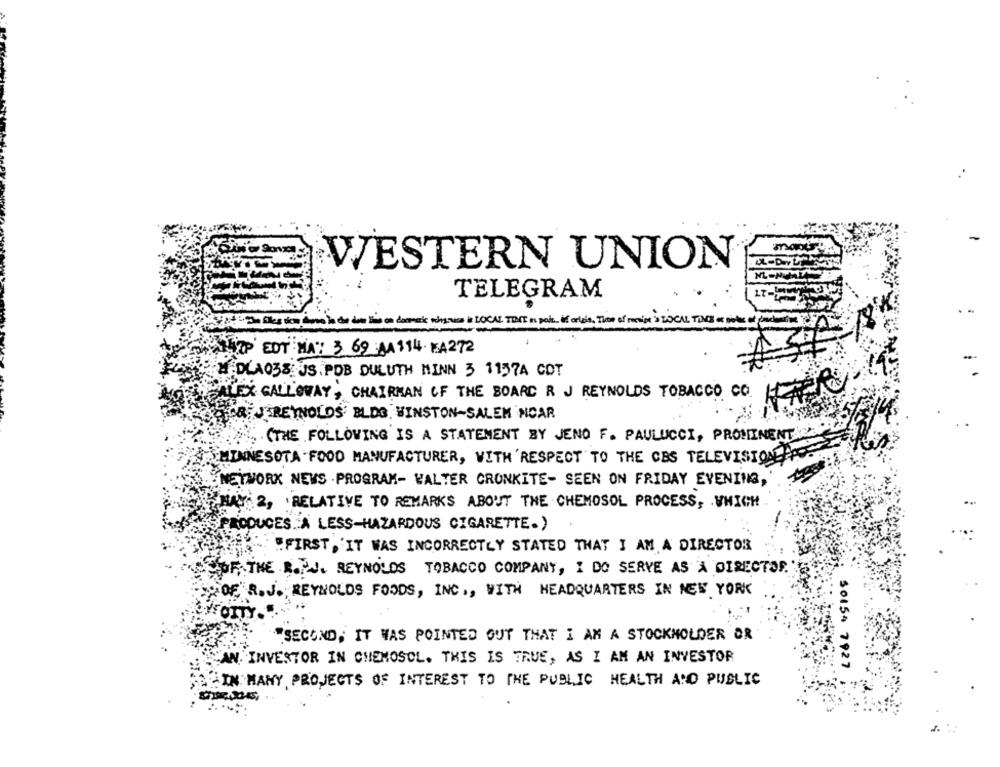
WESTERN UNION
TELEGRAM
AL TO
ZP EDT NA: 3 69 A1814 KA272
M.DLA038 JS.POB DULUTH MINN 3 1157A COT
ALEX GALLOWAY, CHAIRMAN OF THE BOARD R J REYNOLDS TOBACCO CO.
FOR JEREYNOLDS BLOG. WINSTON-SALEM NOAR
.(THE FOLLOWING IS A STATEMENT BY JENO F. PAULUCCI, PROMINENT
MINNESOTA FOOD MANUFACTURER, WITH RESPECT TO THE CBS TELEVISION
NETWORK NEWS . PROGRAM- WALTER CRONKITE- SEEN ON FRIDAY EVENING,
HAY 2, RELATIVE TO REMARK'S ABOUT THE CHEMOSOL PROCESS, WHICH
PRODUCES. A LESS-HAZARDOUS CIGARETTE.)
" FIRST, IT WAS INCORRECTLY STATED THAT I AM A DIRECTOR
OF THE R. J. REYNOLDS TOBACCO COMPANY, I DO SERVE AS A DIRECTOR.
OF R.J. REYNOLDS FOODS, INC ., WITH HEADQUARTERS IN NEW YORK
FOITY .....
SECOND, IT WAS POINTED OUT THAT I AM A STOCKHOLDER OR
"AN. INVESTOR IN CHEMOSOL. THIS IS TRUE, AS I AM AN INVESTOR
50154 7927
IN MANY PROJECTS OF INTEREST TO THE PUBLIC HEALTH AND PUBLIC